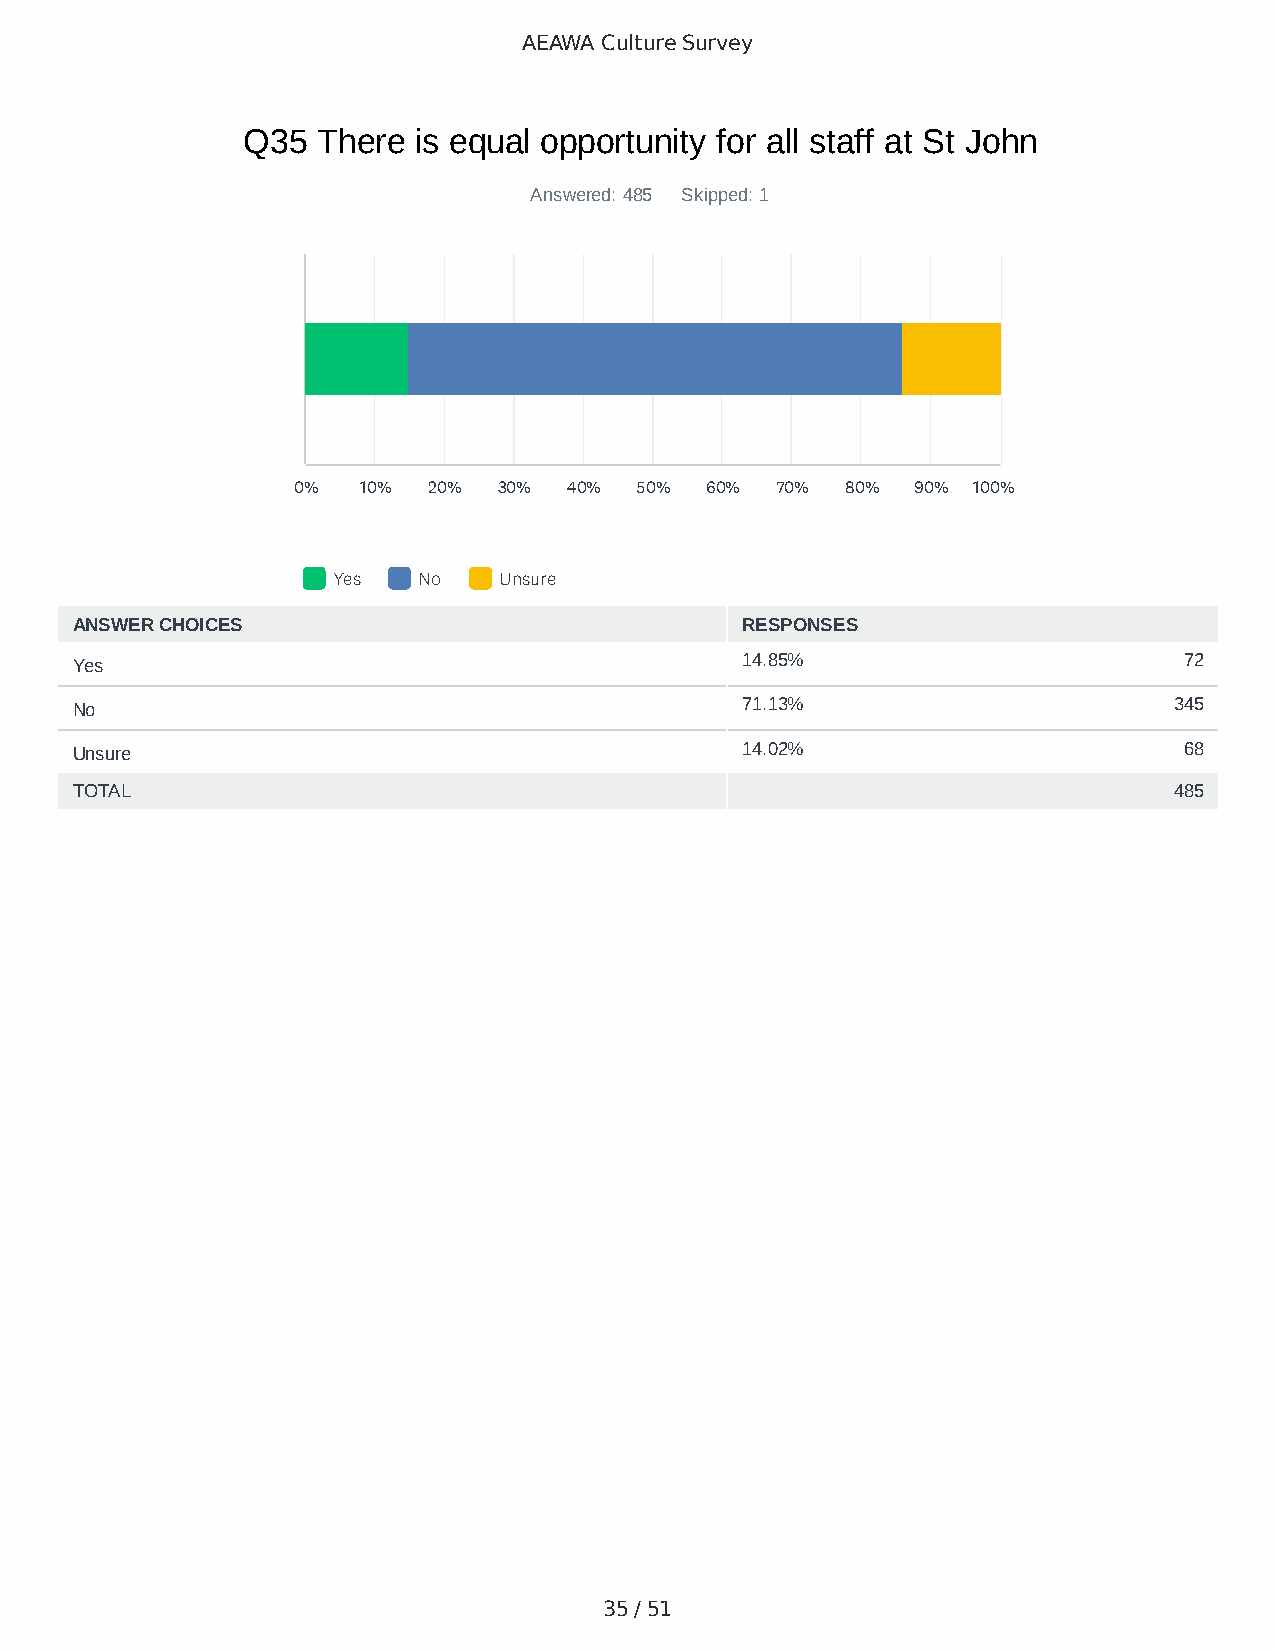
AEAWA Culture Survey
 Q35  There is equal opportunity for all staff at St John
 Answered: 485 Skipped: 1
 0%   10% 20%  30%  40% 50%  60% 70%  80%  90% 100%
 Yes   No   Unsure
 ANSWER CHOICES                              RESPONSES
 Yes                                         14.85%                       72
 No                                          71.13%                       345
 Unsure                                      14.02%                       68
 TOTAL                                                                    485
 35 / 51